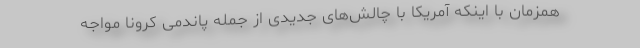
همزمان با اینکه آمریکا با چالش‌های جدیدی از جمله پاندمی کرونا مواجه